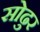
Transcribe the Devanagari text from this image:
सोढुर